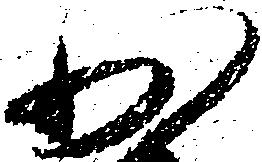
少